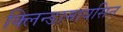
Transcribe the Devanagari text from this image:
क्लिन्डामायसिन